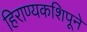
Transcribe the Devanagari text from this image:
हिराण्यकशिपूने